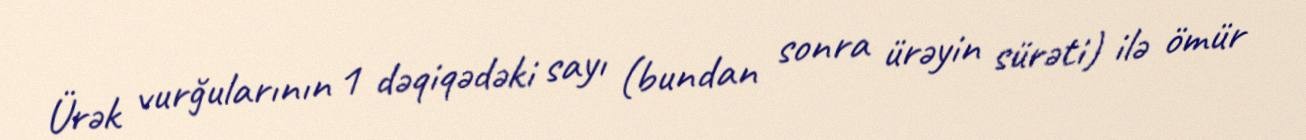
Ürək vurğularının 1 dəqiqədəki sayı (bundan sonra ürəyin sürəti) ilə ömür